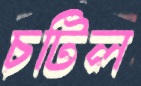
চটিল